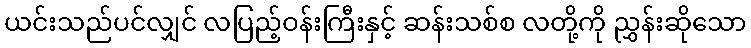
ယင်းသည်ပင်လျှင် လပြည့်ဝန်းကြီးနှင့် ဆန်းသစ်စ လတို့ကို ညွှန်းဆိုသော